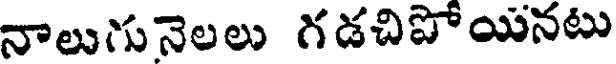
నాలుగునెలలు గడచిపోయనటు